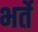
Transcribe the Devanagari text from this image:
भर्ते